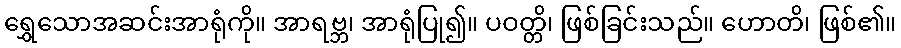
ရွှေသောအဆင်းအာရုံကို။ အာရဗ္ဘ၊ အာရုံပြု၍။ ပဝတ္တိ၊ ဖြစ်ခြင်းသည်။ ဟောတိ၊ ဖြစ်၏။